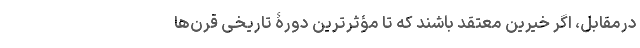
درمقابل، اگر خیرین معتقد باشند که تا مؤثر‌ترین دورۀ تاریخی قرن‌ها